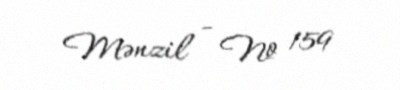
Mənzil - № 159